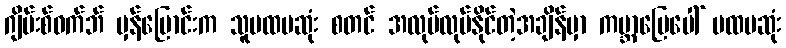
ဂျိမ်းစ်ဝက်ဘ် မှန်ပြောင်းက သူပထမဆုံး စတင် အလုပ်လုပ်နိုင်တဲ့အချိန်မှာ ကမ္ဘာမြေပေါ် ပထမဆုံး